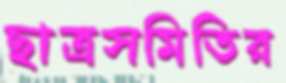
ছাত্রসমিতির